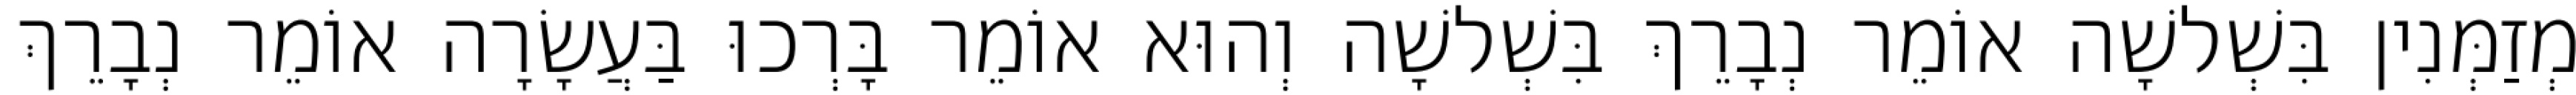
מְזַמְּנִין בִּשְׁלשָׁה אוֹמֵר נְבָרֵךְ בִּשְׁלשָׁה וְהוּא אוֹמֵר בָּרְכוּ בַּעֲשָׂרָה אוֹמֵר נְבָרֵךְ